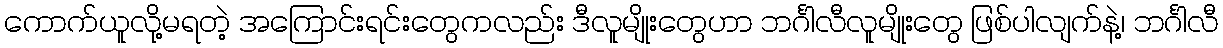
ကောက်ယူလို့မရတဲ့ အကြောင်းရင်းတွေကလည်း ဒီလူမျိုးတွေဟာ ဘင်္ဂါလီလူမျိုးတွေ ဖြစ်ပါလျက်နဲ့၊ ဘင်္ဂါလီ